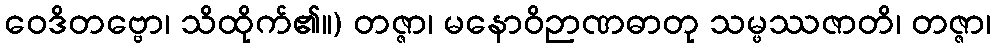
ဝေဒိတဗ္ဗော၊ သိထိုက်၏။) တဇ္ဇာ၊ မနောဝိဉာဏဓာတု သမ္ဖဿဇာတိ၊ တဇ္ဇာ၊